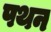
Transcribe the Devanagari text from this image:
पथन